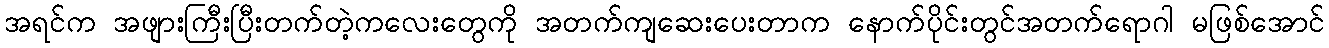
အရင်က အဖျားကြီးပြီးတက်တဲ့ကလေးတွေကို အတက်ကျဆေးပေးတာက နောက်ပိုင်းတွင်အတက်ရောဂါ မဖြစ်အောင်